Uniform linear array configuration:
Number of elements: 12
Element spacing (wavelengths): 0.5
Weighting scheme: uniform
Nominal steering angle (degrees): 0
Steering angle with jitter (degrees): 0.1111
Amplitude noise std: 0.05
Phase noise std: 0.05

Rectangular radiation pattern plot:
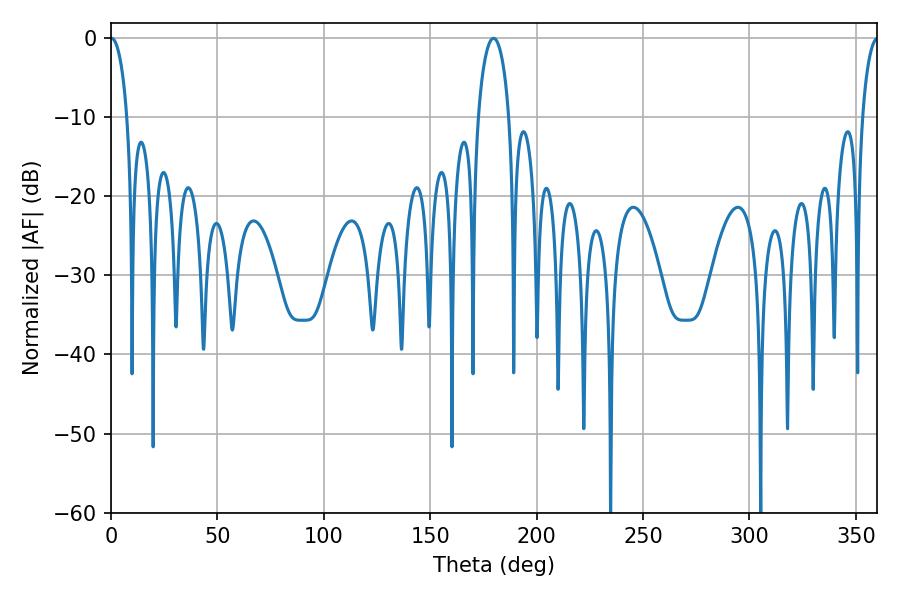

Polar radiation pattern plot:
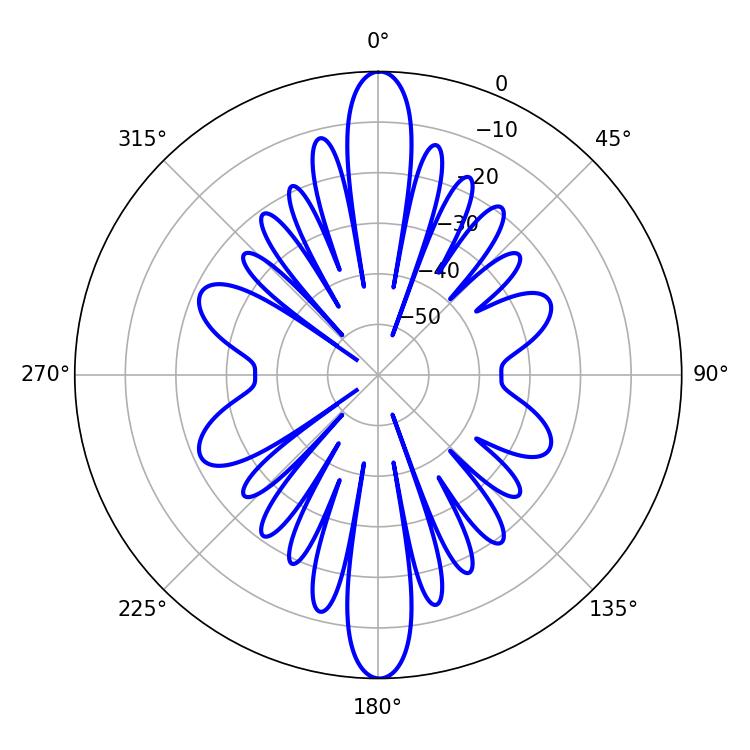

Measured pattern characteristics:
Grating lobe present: FALSE
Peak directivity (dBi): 32.892
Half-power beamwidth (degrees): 4.5
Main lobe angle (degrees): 0.18